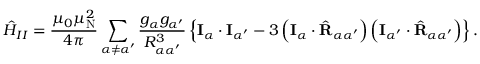
{ \hat { H } } _ { I I } = { \frac { \mu _ { 0 } \mu _ { \mathrm { N } } ^ { 2 } } { 4 \pi } } \sum _ { \alpha \neq \alpha ^ { \prime } } { \frac { g _ { \alpha } g _ { \alpha ^ { \prime } } } { R _ { \alpha \alpha ^ { \prime } } ^ { 3 } } } \left\{ \mathbf { I } _ { \alpha } \cdot \mathbf { I } _ { \alpha ^ { \prime } } - 3 \left( \mathbf { I } _ { \alpha } \cdot { \hat { \mathbf { R } } } _ { \alpha \alpha ^ { \prime } } \right) \left( \mathbf { I } _ { \alpha ^ { \prime } } \cdot { \hat { \mathbf { R } } } _ { \alpha \alpha ^ { \prime } } \right) \right\} .